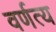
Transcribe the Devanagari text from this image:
वर्णत्य